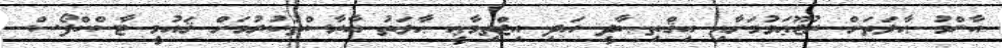
އާންމު ޙާލަތަށް ރުޖޫޢަވުމަށާއި އިޤްތިޞާދީ އަދި އިޖްތިމާޢީ ޙާލަތު އާރާސްތުކުރުމަށް ޤައުމީ ޓާސްކްފޯސް